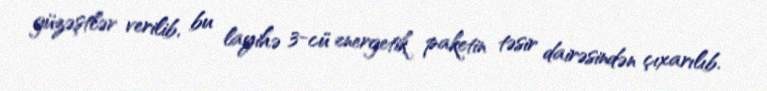
güzəştlər verilib, bu layihə 3-cü energetik paketin təsir dairəsindən çıxarılıb.